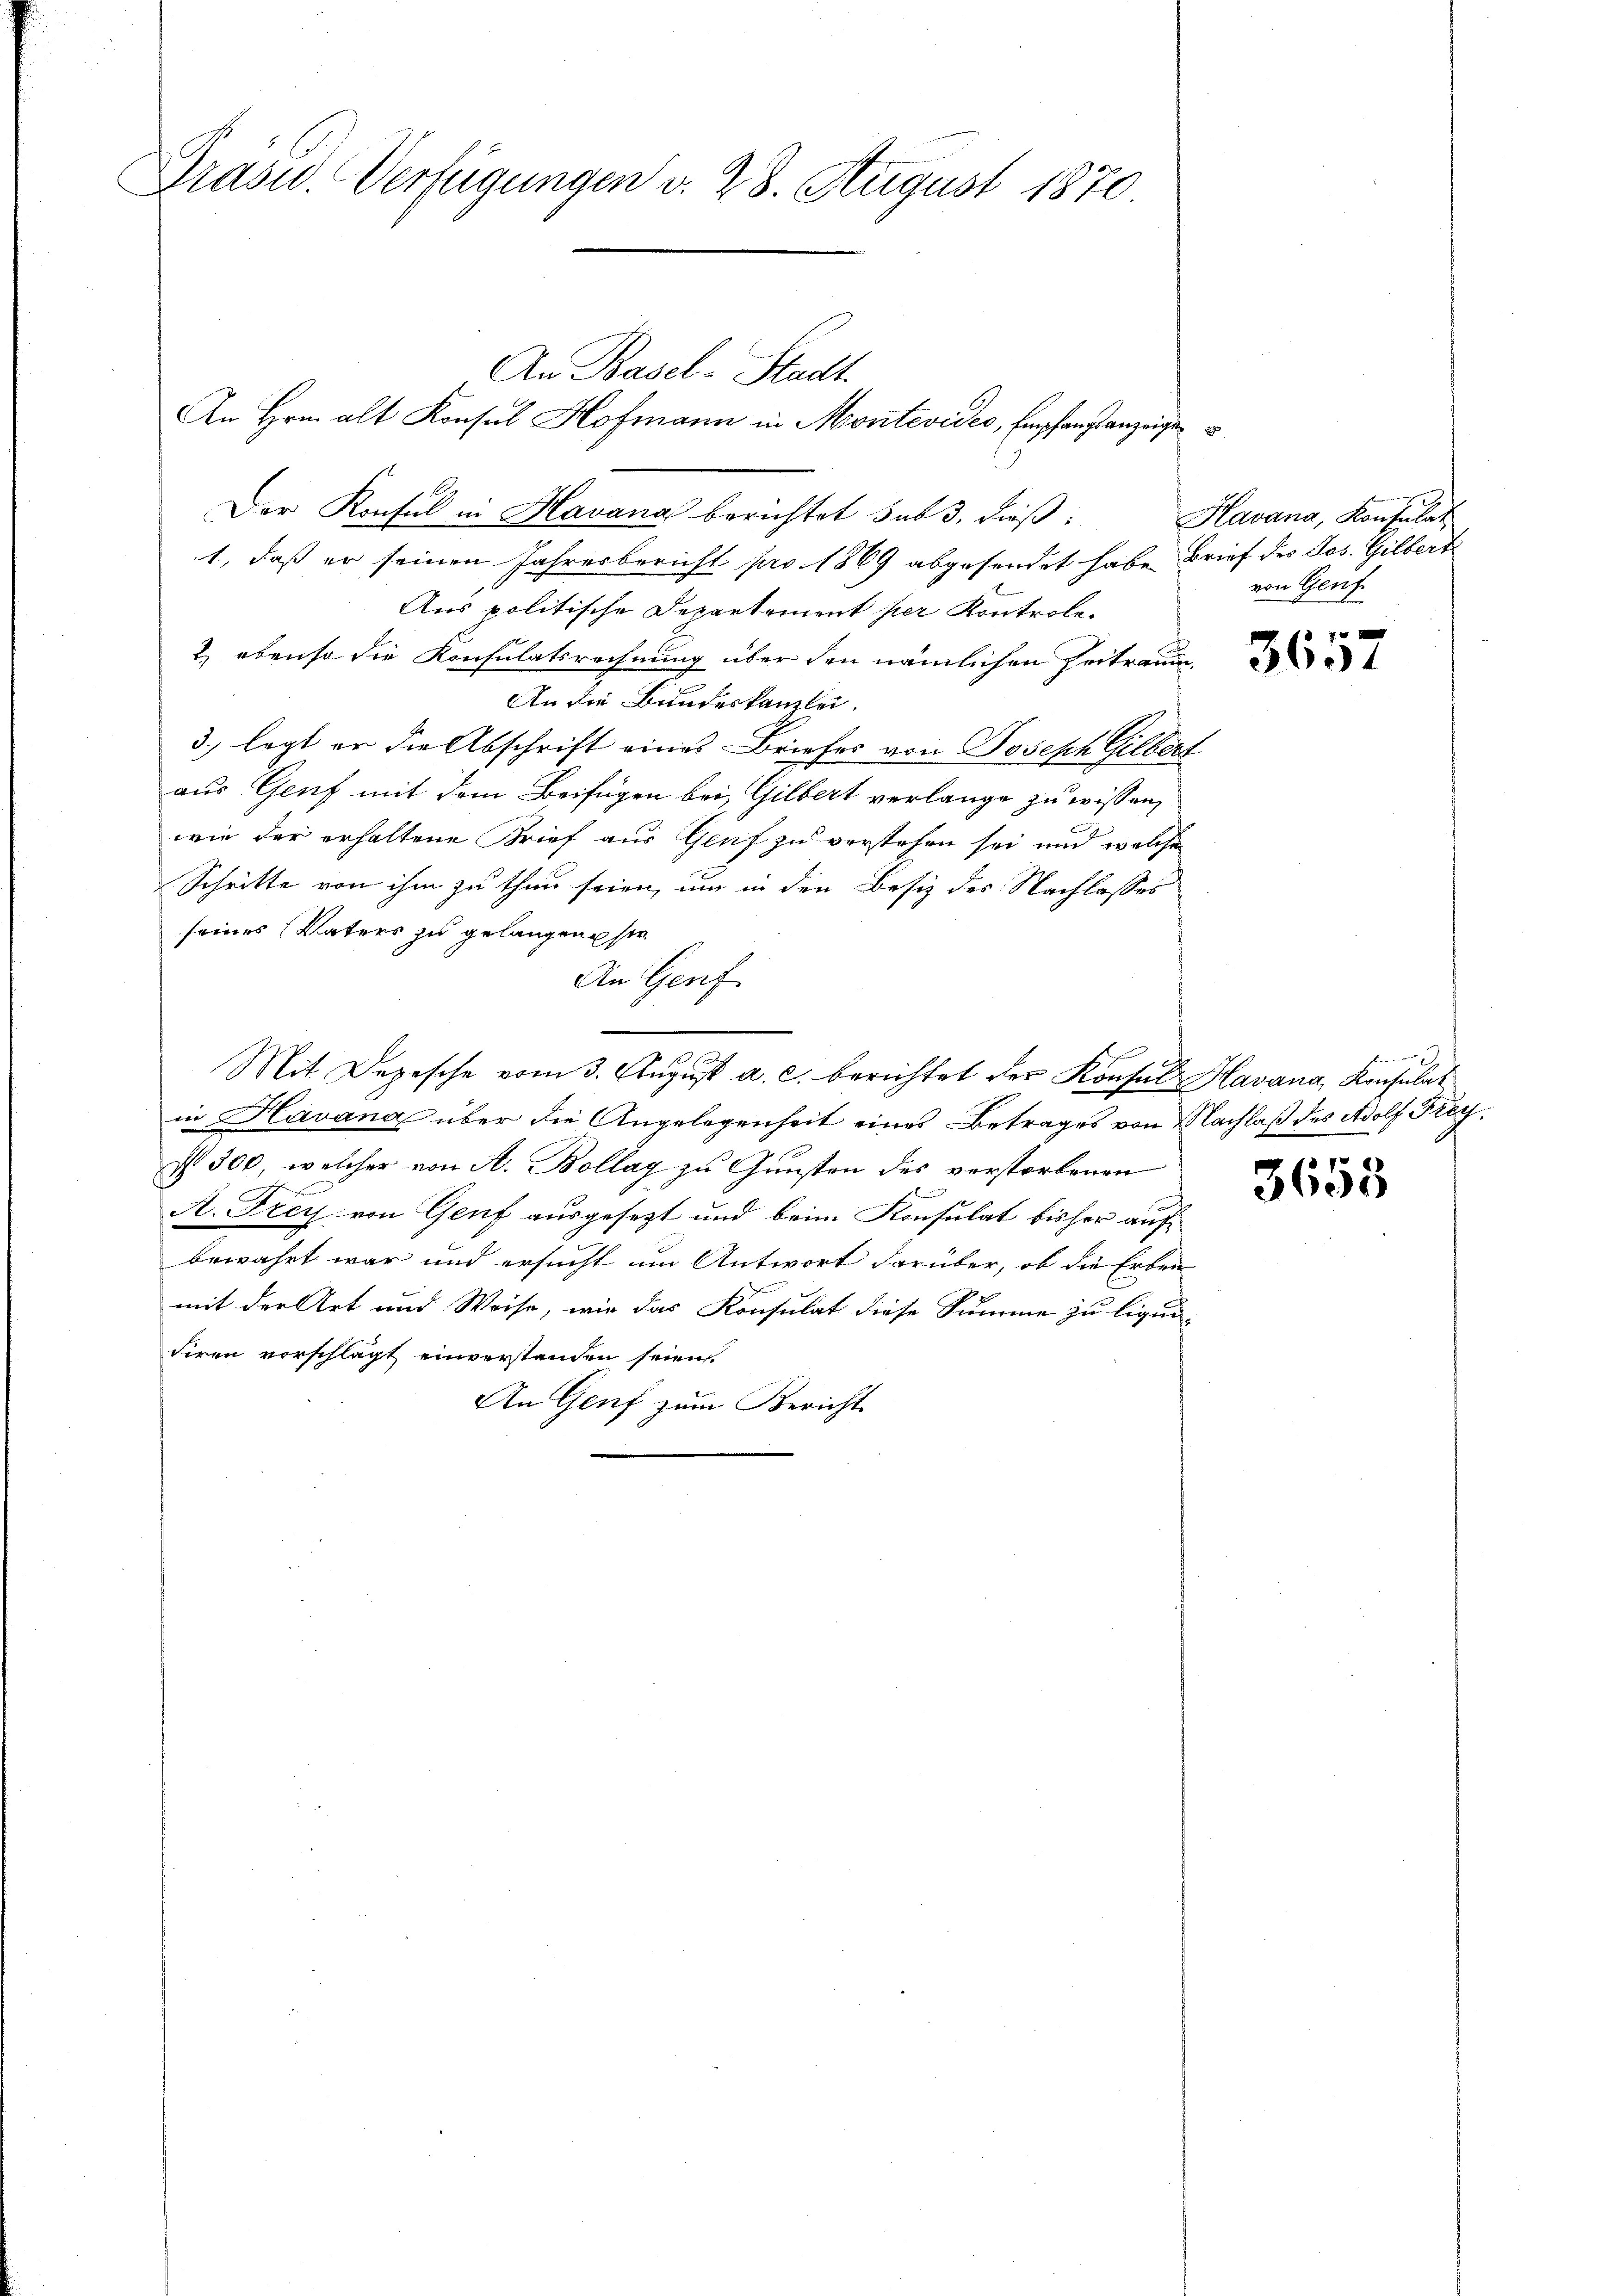
Grasw. Verfügungen d. 28. August 1870.

An Basel-Stadt.
An Hrn. alt Konsul Hofmann in Montevides, Empfangsanzeigen
Der Konsul in Havana berichtet sub 3. dieß:
1., daß er seinen Jahresbericht pro 1869 abgesendet habe. Brief des Jos. Gilbert
Aus politische Departement per Kontrole.
2) ebenso die Konsulatsrechnung über den nämlichen Zertraum,
An die Bundeskanzlei.
3.) legt er die Abschrift eines Briefes von Joseph Gilbert
aus Genf mit dem Beifügen bei, Gilbert verlange zu wissen,
wie der erhaltene Brief aus Genf zu verstehen sei und welche
Schritte von ihm zu thun seien, um in den Besiz des Nachlasses
seines Vaters zu gelangen sie
An Genf.
Mit Depesche vom 3. August a. c. berichtet der Konsul Havana, Konsulat
in Havana über die Angelegenheit eines Betrages von Nachlaß des Adolf Freyst 300, welcher von A. Bollag zu Gunsten des verstorbenen
A. Frey von Genf ausgesezt und beim Konsulat bisher aufbewahrt war und ersucht im Antwort darüber, ob die Erben
mit der Art und Weise, wie das Konsulat diese Summe zu liqui-
diren vorschlägt einverstanden seien.
An Genf zum Bericht

Havana, Konsulat
von Genf

40 x
3601

Bi

7
3605